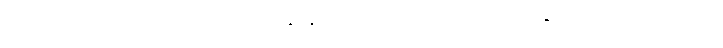
မြောက်ဖက်မုခ်တွင် ကူမင်းမှာ မောင်းနှင်နိုင်မည့် လတ်တလောကမှ ဒေါ်နူးတောင်က သိမ်းကျုံး၍